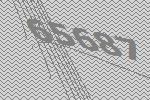
65687